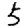
Digit: 5